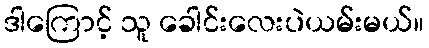
ဒါကြောင့် သူ ခေါင်းလေးပဲယမ်းမယ်။